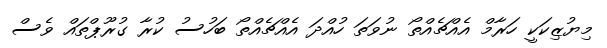
މިޔުޒިކަކީ ހަރާމް އެއްޗެއްތޯ ނުވަތަ ހުއްދަ އެއްޗެއްތޯ ބަހުސު ކުރާ ގުރޫޕްތައް ވެސް